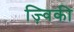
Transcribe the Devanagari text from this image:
ज़्विकी